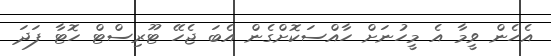
އެހެން ވީމާ އެ މީހުނަށް ހާއްސަކޮށްގެން އެބަ ޖެހޭ ޓޫރިސްޓް ހޮޓާ ފަދަ